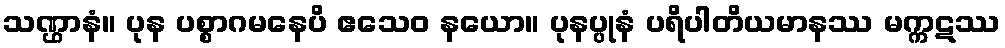
သဏ္ဌာနံ။ ပုန ပစ္စာဂမနေပိ ဧသေဝ နယော။ ပုနပ္ပုနံ ပရိပါတိယမာနဿ မက္ကဋဿ